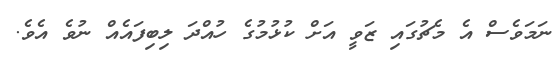
ނަމަވެސް އެ މެޗުގައި ޒަވީ އަށް ކުޅުމުގެ ހުއްދަ ލިބިފައެއް ނުވެ އެވެ.